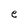
Character: e